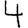
Digit: 4